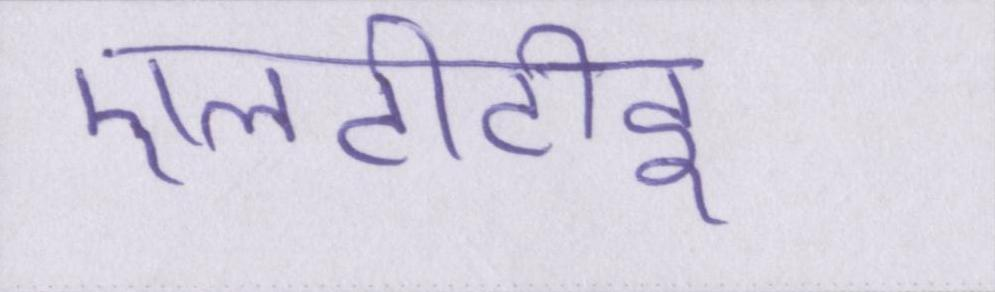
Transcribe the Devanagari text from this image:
एलटीटीइ